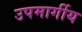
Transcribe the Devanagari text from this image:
उपमार्गीय